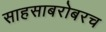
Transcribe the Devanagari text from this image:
साहसाबरोबरच